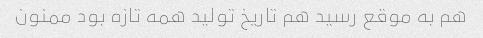
هم به موقع رسید هم تاریخ تولید همه تازه بود ممنون